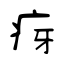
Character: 疨